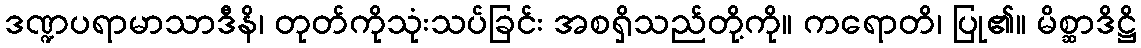
ဒဏ္ဍပရာမာသာဒီနိ၊ တုတ်ကိုသုံးသပ်ခြင်း အစရှိသည်တို့ကို။ ကရောတိ၊ ပြု၏။ မိစ္ဆာဒိဋ္ဌိ